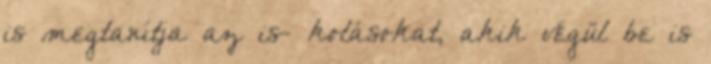
is megtanítja az is- kolásokat, akik végül be is